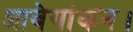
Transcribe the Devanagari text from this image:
आवेगांकन।